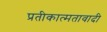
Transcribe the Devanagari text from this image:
प्रतीकात्मतावादी